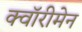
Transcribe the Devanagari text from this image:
क्वॉरीमेन